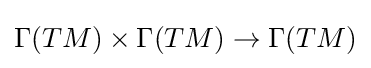
\Gamma (TM)\times \Gamma (TM)\to \Gamma (TM)